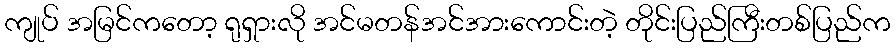
ကျုပ် အမြင်ကတော့ ရုရှားလို အင်မတန်အင်အားကောင်းတဲ့ တိုင်းပြည်ကြီးတစ်ပြည်က